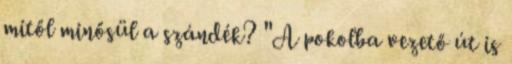
mitől minősül a szándék? "A pokolba vezető út is